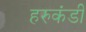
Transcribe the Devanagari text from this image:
हरुकंडी